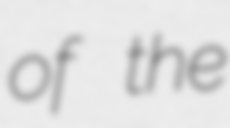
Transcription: of the